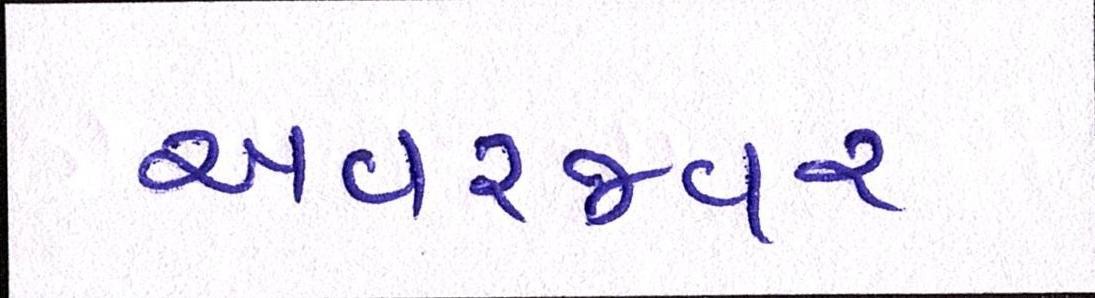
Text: અવરજવર